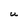
Character: U